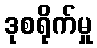
ဒုစရိုက်မှု